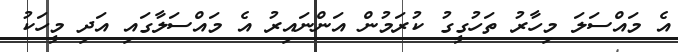
އެ މައްސަލަ މިހާރު ތަހުގީގު ކުރަމުން އަންނައިރު އެ މައްސަލާގައި އަދި މީހަކު